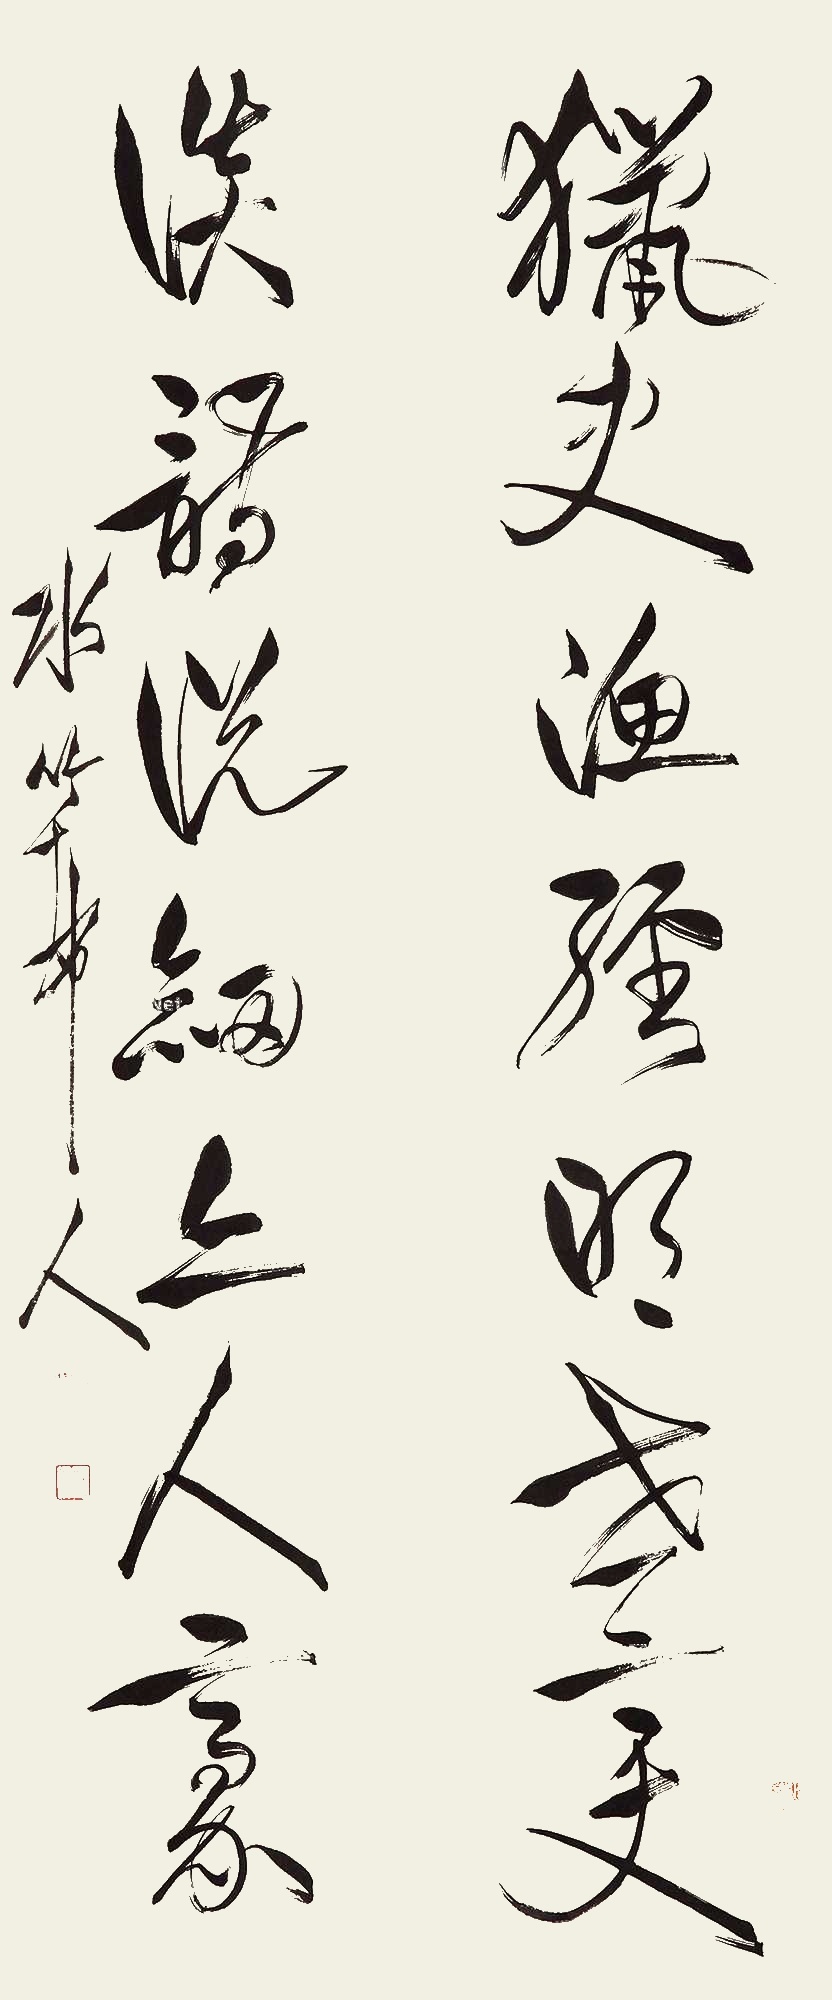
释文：猎史渔经明世变，谈诗说剑亦人豪。水竹邨人。